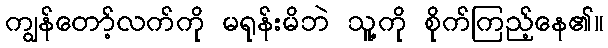
ကျွန်တော့်လက်ကို မရုန်းမိဘဲ သူ့ကို စိုက်ကြည့်နေ၏။